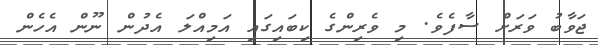
ޖަވާބު ވަރަށް ސާފެވެ. މި ވެރިންގެ ކިބައިގައި އަމިއްލަ އެދުން ނޫން އެހެން